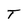
Character: T